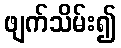
ဖျက်သိမ်း၍